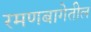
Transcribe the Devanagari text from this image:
रमणबागेतील